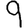
Digit: 9